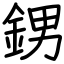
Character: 𨦻